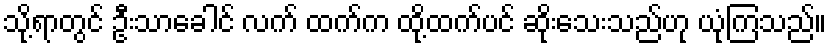
သို့ရာတွင် ဦးသာခေါင် လက် ထက်က ထို့ထက်ပင် ဆိုးသေးသည်ဟု ယုံကြသည်။